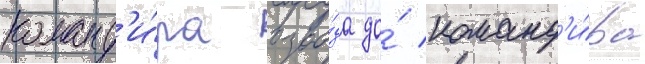
команд'и́ра взво́да до́ команд'и́ра